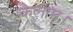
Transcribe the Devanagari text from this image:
कलाम।